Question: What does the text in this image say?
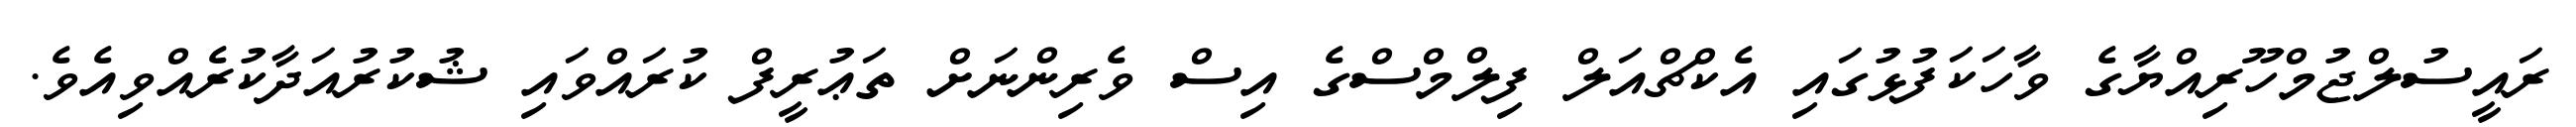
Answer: ރައީސުލްޖުމްހޫރިއްޔާގެ ވާހަކަފުޅުގައި އެކްޗްއަލް ފިލްމްސްގެ އިސް ވެރިންނަށް ތަޢުރީފް ކުރައްވައި ޝުކުރުއަދާކުރެއްވިއެވެ.